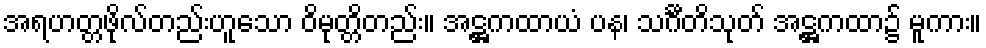
အရဟတ္တဖိုလ်တည်းဟူသော ဝိမုတ္တိတည်း။ အဋ္ဌကထာယံ ပန၊ သင်္ဂီတိသုတ် အဋ္ဌကထာ၌ မူကား။